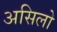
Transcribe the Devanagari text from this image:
असिलो